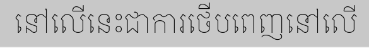
នៅលើនេះជាការថើបពេញនៅលើ